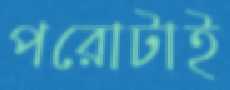
পরোটাই